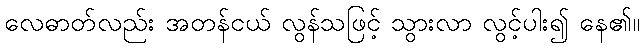
လေဓာတ်လည်း အတန်ငယ် လွန်သဖြင့် သွားလာ လွင့်ပါး၍ နေ၏။